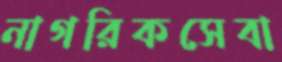
নাগরিকসেবা